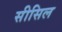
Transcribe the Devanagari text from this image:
सीसिल